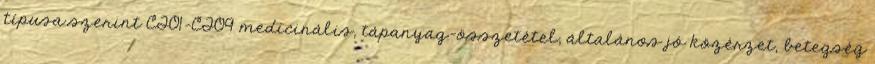
típusa szerint CT01-CT09 medicinális, tápanyag-összetétel, általános jó közérzet, betegség